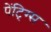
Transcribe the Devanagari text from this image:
पेंटि्ग्स